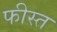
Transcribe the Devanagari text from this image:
फीस्त